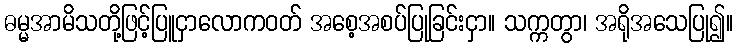
ဓမ္မအာမိသတို့ဖြင့်ပြူငှာလောကဝတ် အစေ့အစပ်ပြုခြင်းငှာ။ သက္ကတွာ၊ အရိုအသေပြု၍။